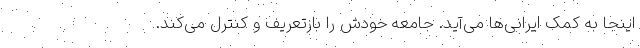
اینجا به کمک ایرانی‌ها می‌آید. جامعه خودش را بازتعریف و کنترل می‌کند.